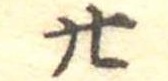
廿